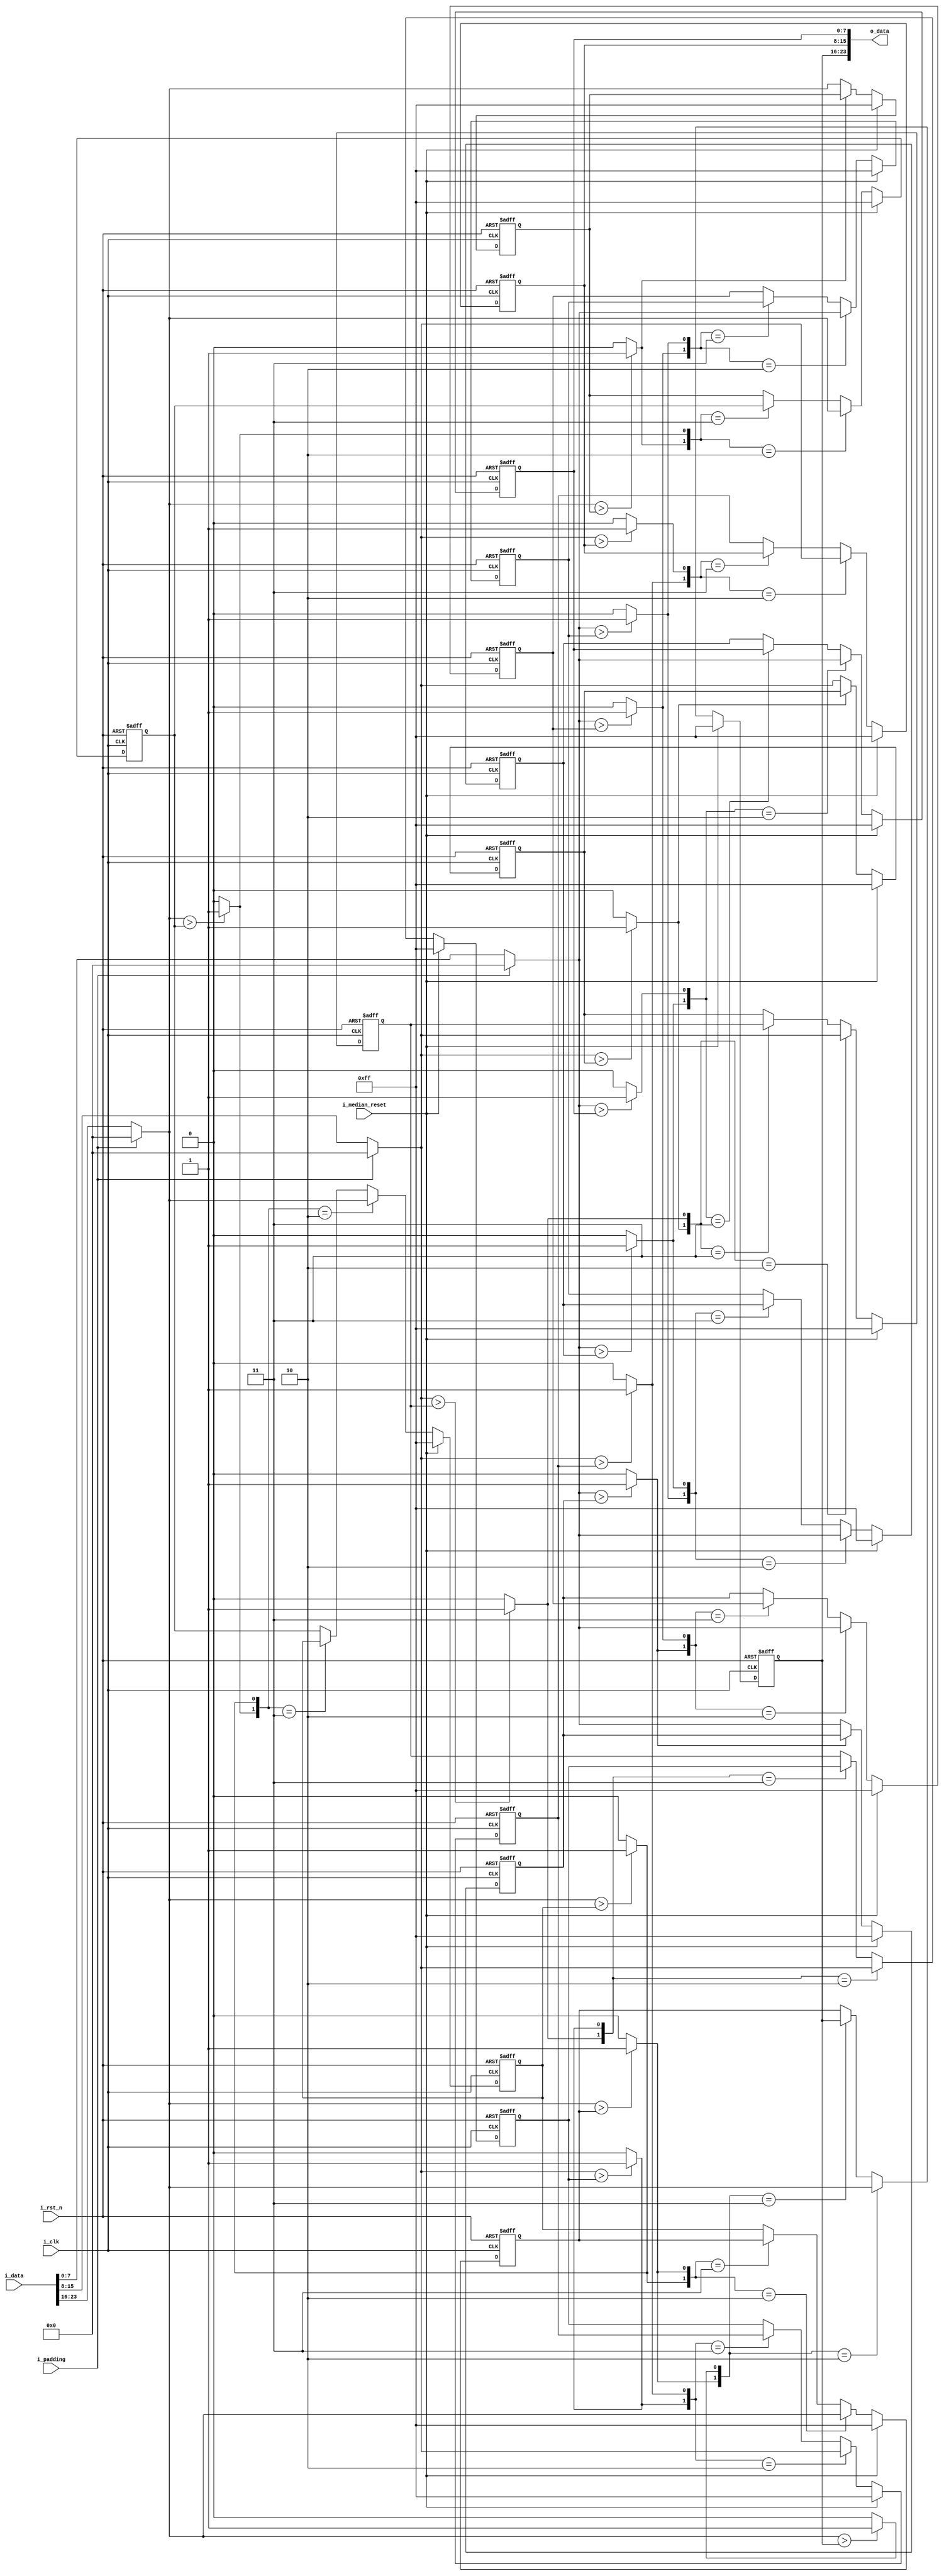
module MEDIAN   //insertion sort
#(
    parameter arrayLength   = 9
)
(
    input           i_clk,
    input           i_rst_n,
    input  [23:0]   i_data,
    //input           i_filter_valid,
    input           i_median_reset,
    input           i_padding,
    output [23:0]   o_data
);

localparam  bitLength   = arrayLength + 1;

reg [7:0]  insertArray_R_r [0  :   arrayLength - 1];
reg [7:0]  insertArray_R_w [0  :   arrayLength - 1];

reg [7:0]  insertArray_G_r [0  :   arrayLength - 1];
reg [7:0]  insertArray_G_w [0  :   arrayLength - 1];

reg [7:0]  insertArray_B_r [0  :   arrayLength - 1];
reg [7:0]  insertArray_B_w [0  :   arrayLength - 1];

reg [bitLength - 1 : 0] bitArray_R;//actually not array, instead it's wire
reg [bitLength - 1 : 0] bitArray_G;//actually not array, instead it's wire
reg [bitLength - 1 : 0] bitArray_B;//actually not array, instead it's wire

reg [7:0]   data_R, data_G, data_B;

integer i;

assign  o_data  =   {insertArray_R_r[4], insertArray_G_r[4], insertArray_B_r[4]};

always @(*) begin
    if (i_padding == 1'b1) begin
        data_R  =   0;
        data_G  =   0;
        data_B  =   0;
 
    end
    else begin
        data_R  =   i_data[23:16];
        data_G  =   i_data[15: 8];
        data_B  =   i_data[ 7: 0];
  
    end

    bitArray_R[bitLength - 1] = 1'b1;
    bitArray_G[bitLength - 1] = 1'b1;	
    bitArray_B[bitLength - 1] = 1'b1;	    
    
    for (i = 0; i < bitLength - 1; i = i + 1 ) begin
        bitArray_R[i] = (data_R > insertArray_R_r[i]) ? 1 : 0;	
        bitArray_G[i] = (data_G > insertArray_G_r[i]) ? 1 : 0;	
        bitArray_B[i] = (data_B > insertArray_B_r[i]) ? 1 : 0;	
    end
    

    
    if (i_median_reset == 1'b1)begin
        for ( i = 0 ; i < arrayLength ; i = i + 1) begin
            insertArray_R_w[i]   =   8'd255;
            insertArray_G_w[i]   =   8'd255;
            insertArray_B_w[i]   =   8'd255;
        end
    end
    else    begin
        for(i = bitLength - 1; i > 0; i = i - 1)begin
    insertArray_R_w[i-1] = (bitArray_R[i-:2] == 2'b10) ? data_R : 
								 (bitArray_R[i-:2]==2'b11) ? insertArray_R_r[i-1] : insertArray_R_r[i];
                                 
    insertArray_G_w[i-1] = (bitArray_G[i-:2] == 2'b10) ? data_G : 
								 (bitArray_G[i-:2]==2'b11) ? insertArray_G_r[i-1] : insertArray_G_r[i];

    insertArray_B_w[i-1] = (bitArray_B[i-:2] == 2'b10) ? data_B : 
								 (bitArray_B[i-:2]==2'b11) ? insertArray_B_r[i-1] : insertArray_B_r[i];

        end	
    end
    	
end


always @(posedge i_clk or negedge i_rst_n) begin
    if (!i_rst_n) begin
        for ( i = 0 ; i < arrayLength ; i = i + 1) begin
            insertArray_R_r[i]   <=   8'd255;
            insertArray_G_r[i]   <=   8'd255;
            insertArray_B_r[i]   <=   8'd255;
        end
    end
    else begin
        for ( i = 0 ; i < arrayLength ; i = i + 1) begin
            insertArray_R_r[i]   <=   insertArray_R_w[i];
            insertArray_G_r[i]   <=   insertArray_G_w[i];
            insertArray_B_r[i]   <=   insertArray_B_w[i];
        end        
    end
end

endmodule